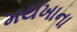
મયખાના